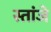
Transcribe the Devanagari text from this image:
स्तांजे